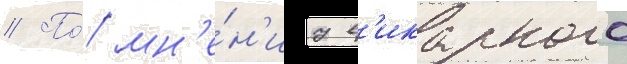
// По́ мн'е́н'иу в'икарного